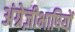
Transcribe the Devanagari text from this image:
अंग्रेज़ीभाषियों